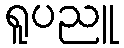
ရူပညူ